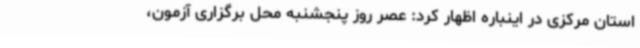
استان مرکزی در اینباره اظهار کرد: عصر روز پنجشنبه محل برگزاری آزمون،